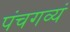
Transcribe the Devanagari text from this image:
पंचगव्यं